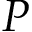
P